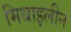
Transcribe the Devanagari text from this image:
मिथाइलीन